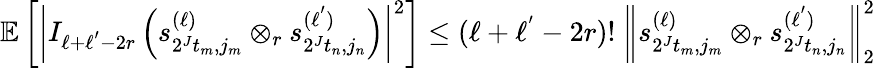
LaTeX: \begin{array}{r}{\mathbb{E}\left[\left|I_{\ell+\ell^{'}-2r}\left(s_{2^{J}t_{m},j_{m}}^{(\ell)}\otimes_{r}s_{2^{J}t_{n},j_{n}}^{(\ell^{'})}\right)\right|^{2}\right]\leq(\ell+\ell^{'}-2r)!\ \left\| s_{2^{J}t_{m},j_{m}}^{(\ell)}\otimes_{r}s_{2^{J}t_{n},j_{n}}^{(\ell^{'})}\right\| _{2}^{2}}\end{array}